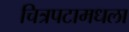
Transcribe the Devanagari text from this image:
चित्रपटामधला